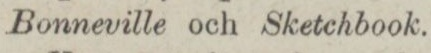
Bonneville och Sketchbook.